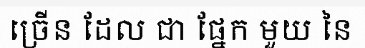
ច្រើន ដែល ជា ផ្នែក មួយ នៃ